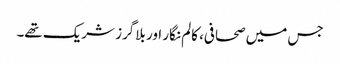
جس میں صحافی، کالم نگار اور بلاگرز شریک تھے۔